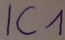
Text: IC1